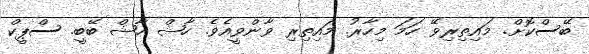
ބޭސްކޮށް. މައިތިރިވޭ ހަމަ މިހާރު. މައިިތިރި ވާންވީއެވެ. ހާޝް ހާޝް ބޭބީ. ސްޕީކް